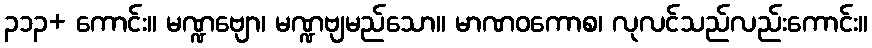
၃၁၃+ ကောင်း။ မဏ္ဍဗျော၊ မဏ္ဍဗျမည်သော။ မာဏဝကောစ၊ လုလင်သည်လည်းကောင်း။